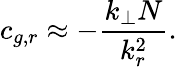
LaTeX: c_{g,r}\approx-\frac{k_{\perp}N}{k_{r}^{2}}.